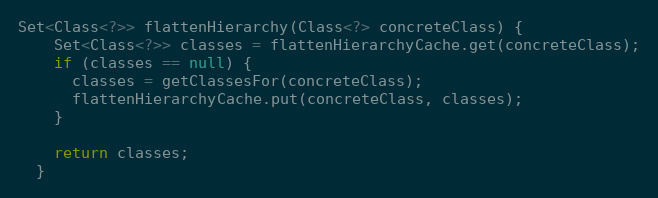
Language: Java
Set<Class<?>> flattenHierarchy(Class<?> concreteClass) {
    Set<Class<?>> classes = flattenHierarchyCache.get(concreteClass);
    if (classes == null) {
      classes = getClassesFor(concreteClass);
      flattenHierarchyCache.put(concreteClass, classes);
    }

    return classes;
  }